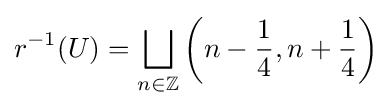
r^{-1}(U)=\displaystyle \bigsqcup _{n\in \mathbb {Z} }\left(n-{\frac {1}{4}},n+{\frac {1}{4}}\right)